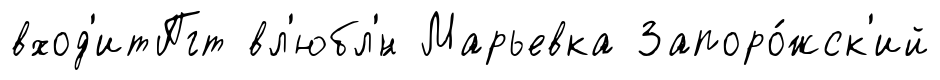
вход'итПгт вл'юбл'́н Марьевка Запоро́жск'ий